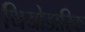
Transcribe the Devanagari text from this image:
थियोडारिक